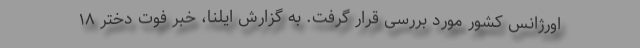
اورژانس کشور مورد بررسی قرار گرفت. به گزارش ایلنا، خبر فوت دختر ۱۸